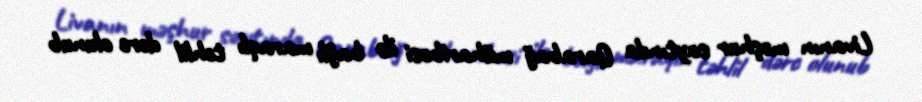
Livanın məşhur saytında Qarabağ müharibəsi ilə bağlı maraqlı təhlil dərc olunub